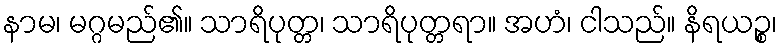
နာမ၊ မဂ္ဂမည်၏။ သာရိပုတ္တ၊ သာရိပုတ္တရာ။ အဟံ၊ ငါသည်။ နိရယဉ္စ၊